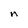
Character: n